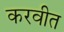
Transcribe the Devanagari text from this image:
करवीत